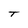
Character: T